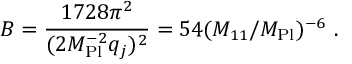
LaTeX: B = \frac { 1 7 2 8 \pi ^ { 2 } } { ( 2 M _ { \mathrm { P l } } ^ { - 2 } q _ { j } ) ^ { 2 } } = 5 4 ( M _ { 1 1 } / M _ { \mathrm { P l } } ) ^ { - 6 } \ .